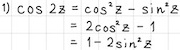
\[
\begin{align*}
\cos 2z&=\cos^2 z - \sin^2 z\\
&=1 - 2\sin^2 z\\
&=2\cos^2 z - 1
\end{align*}
\]